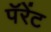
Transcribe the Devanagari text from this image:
पॅरेंट